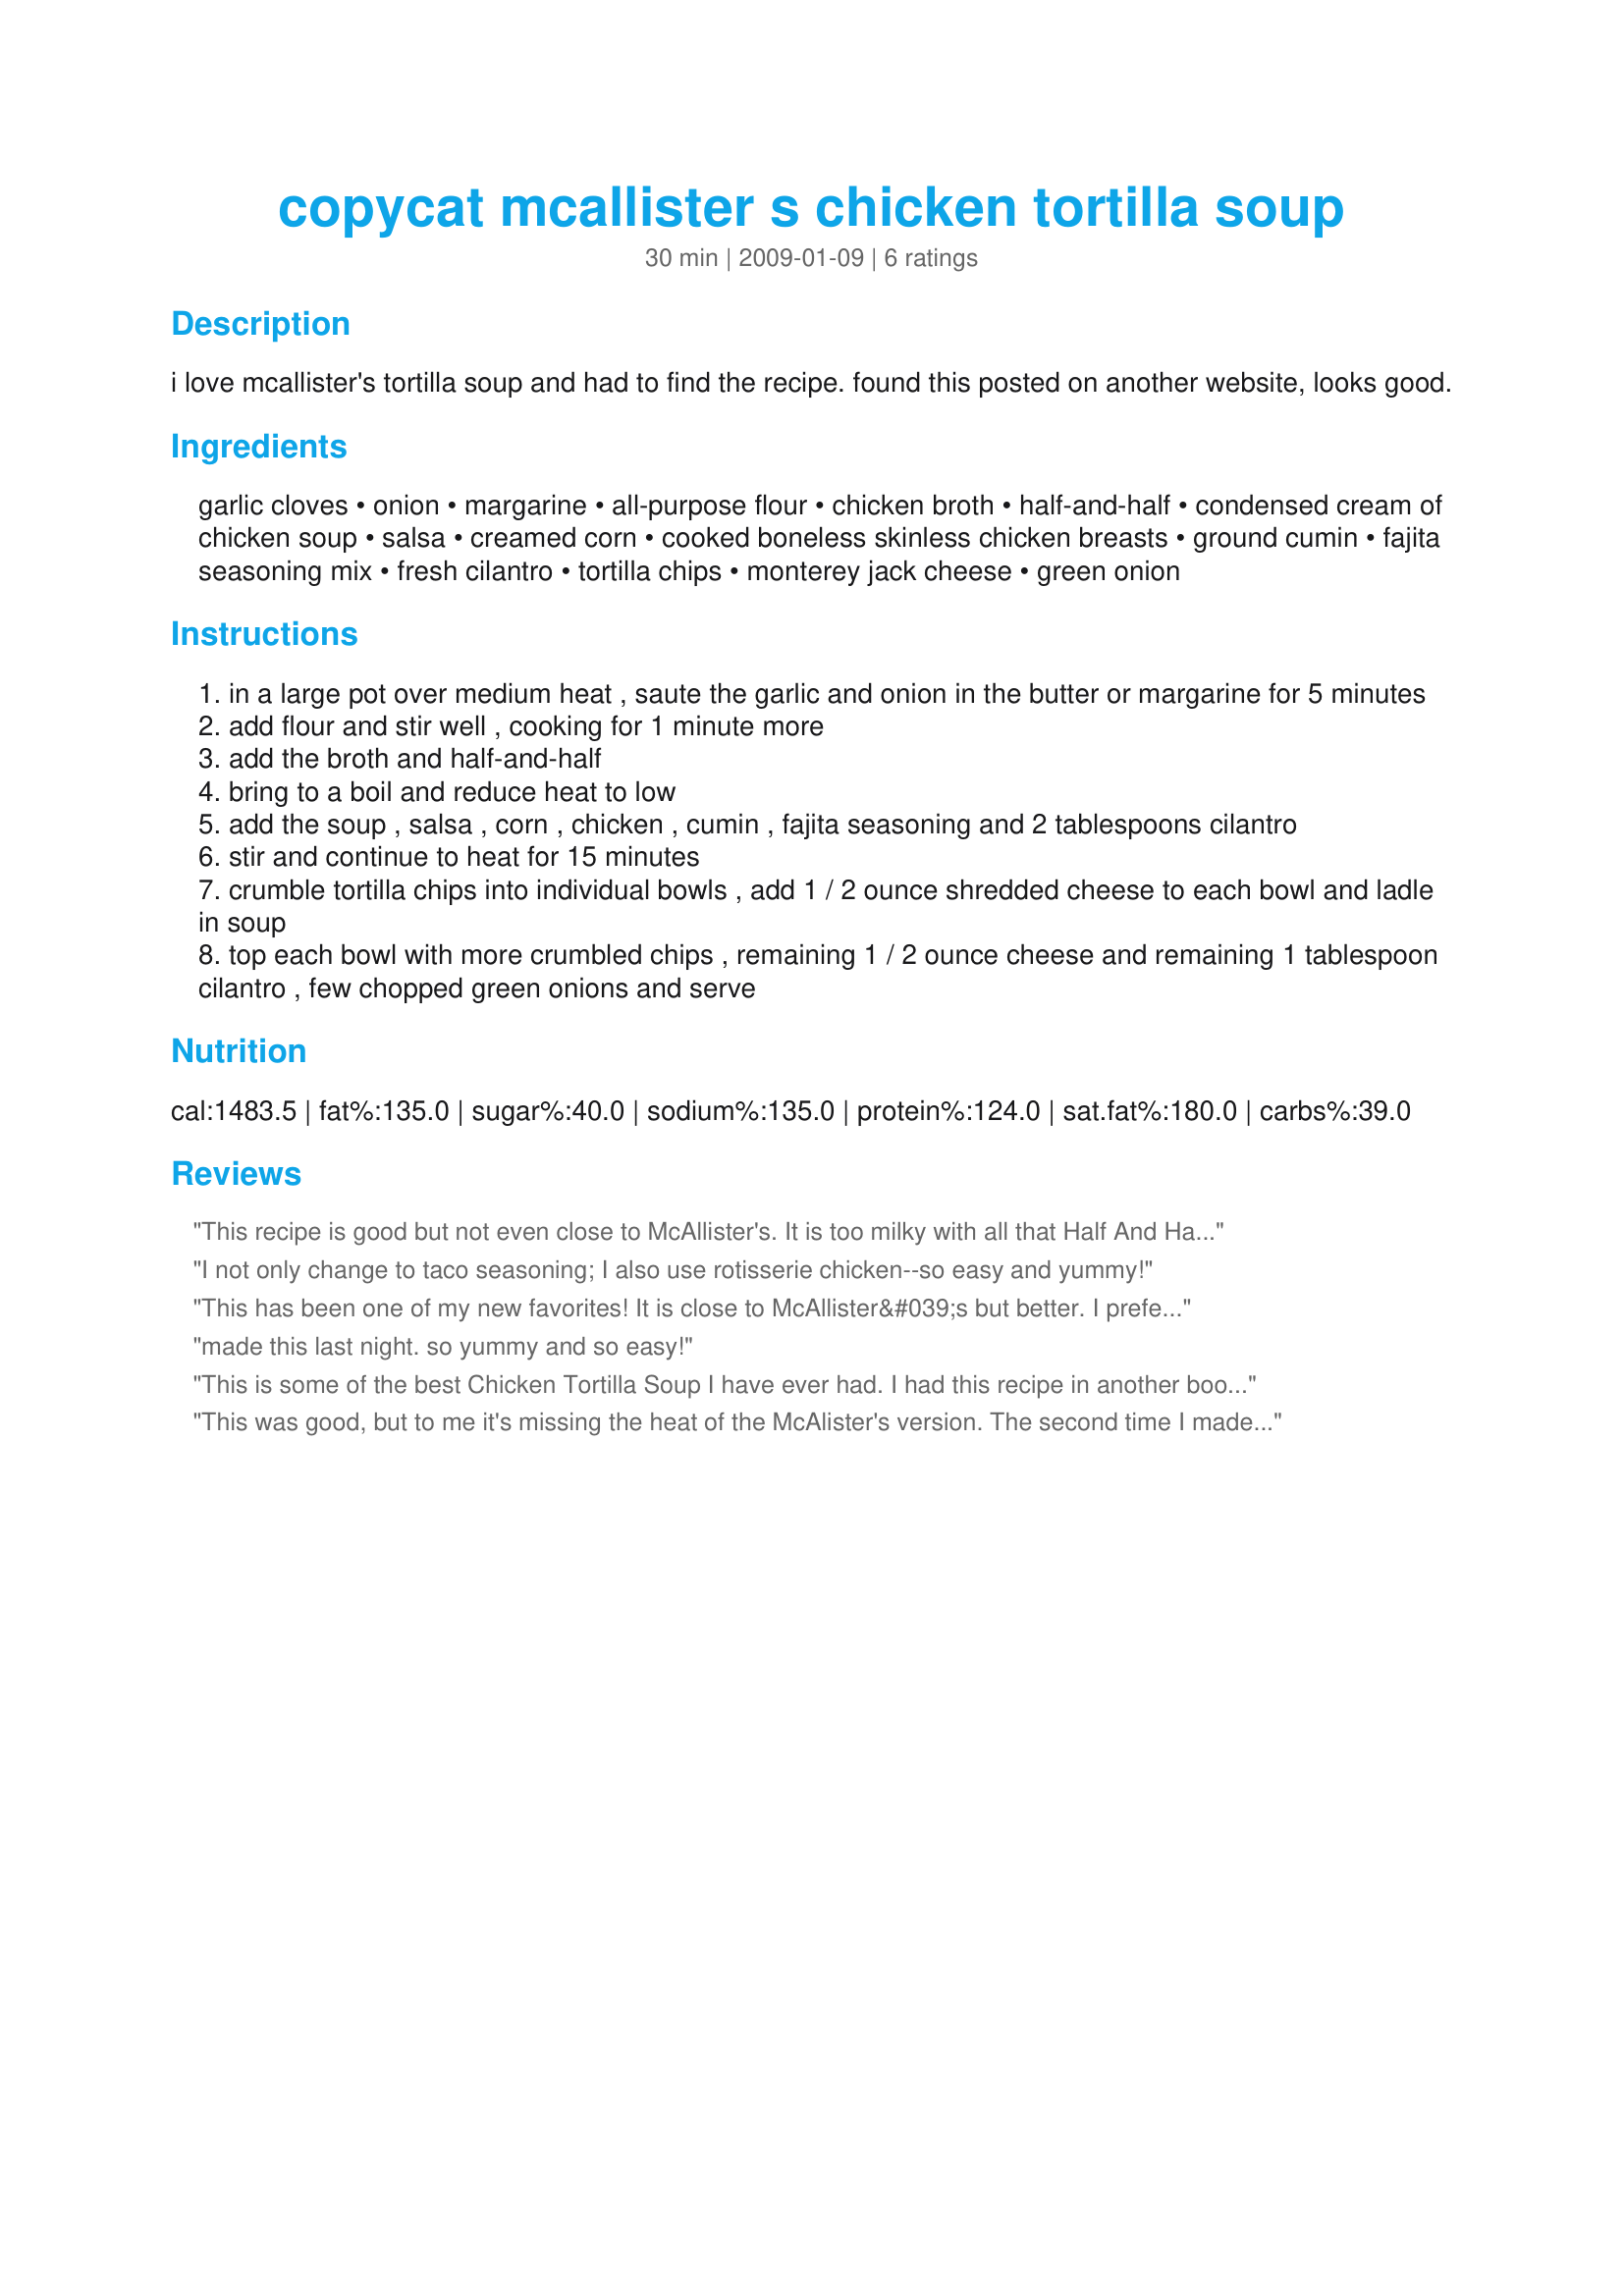
copycat mcallister s chicken tortilla soup
Preparation time: 30 minutes

i love mcallister's tortilla soup and had to find the recipe. found this posted on another website, looks good.

Ingredients:
garlic cloves, onion, margarine, all-purpose flour, chicken broth, half-and-half, condensed cream of chicken soup, salsa, creamed corn, cooked boneless skinless chicken breasts, ground cumin, fajita seasoning mix, fresh cilantro, tortilla chips, monterey jack cheese, green onion

Steps:
in a large pot over medium heat , saute the garlic and onion in the butter or margarine for 5 minutes
add flour and stir well , cooking for 1 minute more
add the broth and half-and-half
bring to a boil and reduce heat to low
add the soup , salsa , corn , chicken , cumin , fajita seasoning and 2 tablespoons cilantro
stir and continue to heat for 15 minutes
crumble tortilla chips into individual bowls , add 1 / 2 ounce shredded cheese to each bowl and ladle in soup
top each bowl with more crumbled chips , remaining 1 / 2 ounce cheese and remaining 1 tablespoon cilantro , few chopped green onions and serve

Reviews:
This recipe is good but not even close to McAllister's. It is too milky with all that Half And Half. I also had to add a lot more spice to make it taste pretty good.
I not only change to taco seasoning; I also use rotisserie chicken--so easy and yummy!
This has been one of my new favorites! It is close to McAllister&#039;s but better. I prefer the creamier version. Sorry McAllister&#039;s but you&#039;ve lost a customer. It was even approved by my picky 20 month old daughter. Great recipe!
made this last night. so yummy and so easy!
This is some of the best Chicken Tortilla Soup I have ever had. I had this recipe in another book but I'm moving and my book is packed so I searched here and Yea! I found it. Thank you for posting this recipe. Everyone I make this for wants the recipe for themselves. It is THAT good!
This was good, but to me it's missing the heat of the McAlister's version. The second time I made it, I added two cans of pureed Rotel tomatoes, and I think that made it better. I also subbed fat free half and half both times. I'm sure it would have been better with the full fat HH, but it was still very good without.
